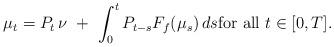
LaTeX: \begin{align*}\mu_t = P_t\,\nu \ +\ \int_0^t P_{t-s}F_f(\mu_s)\, ds\mbox{for all}\ t\in [0,T].\end{align*}